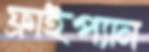
ফ্রাইপ্যান